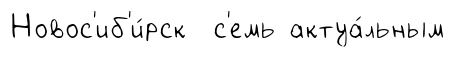
Новос'иб'и́рск с'емь актуа́льным